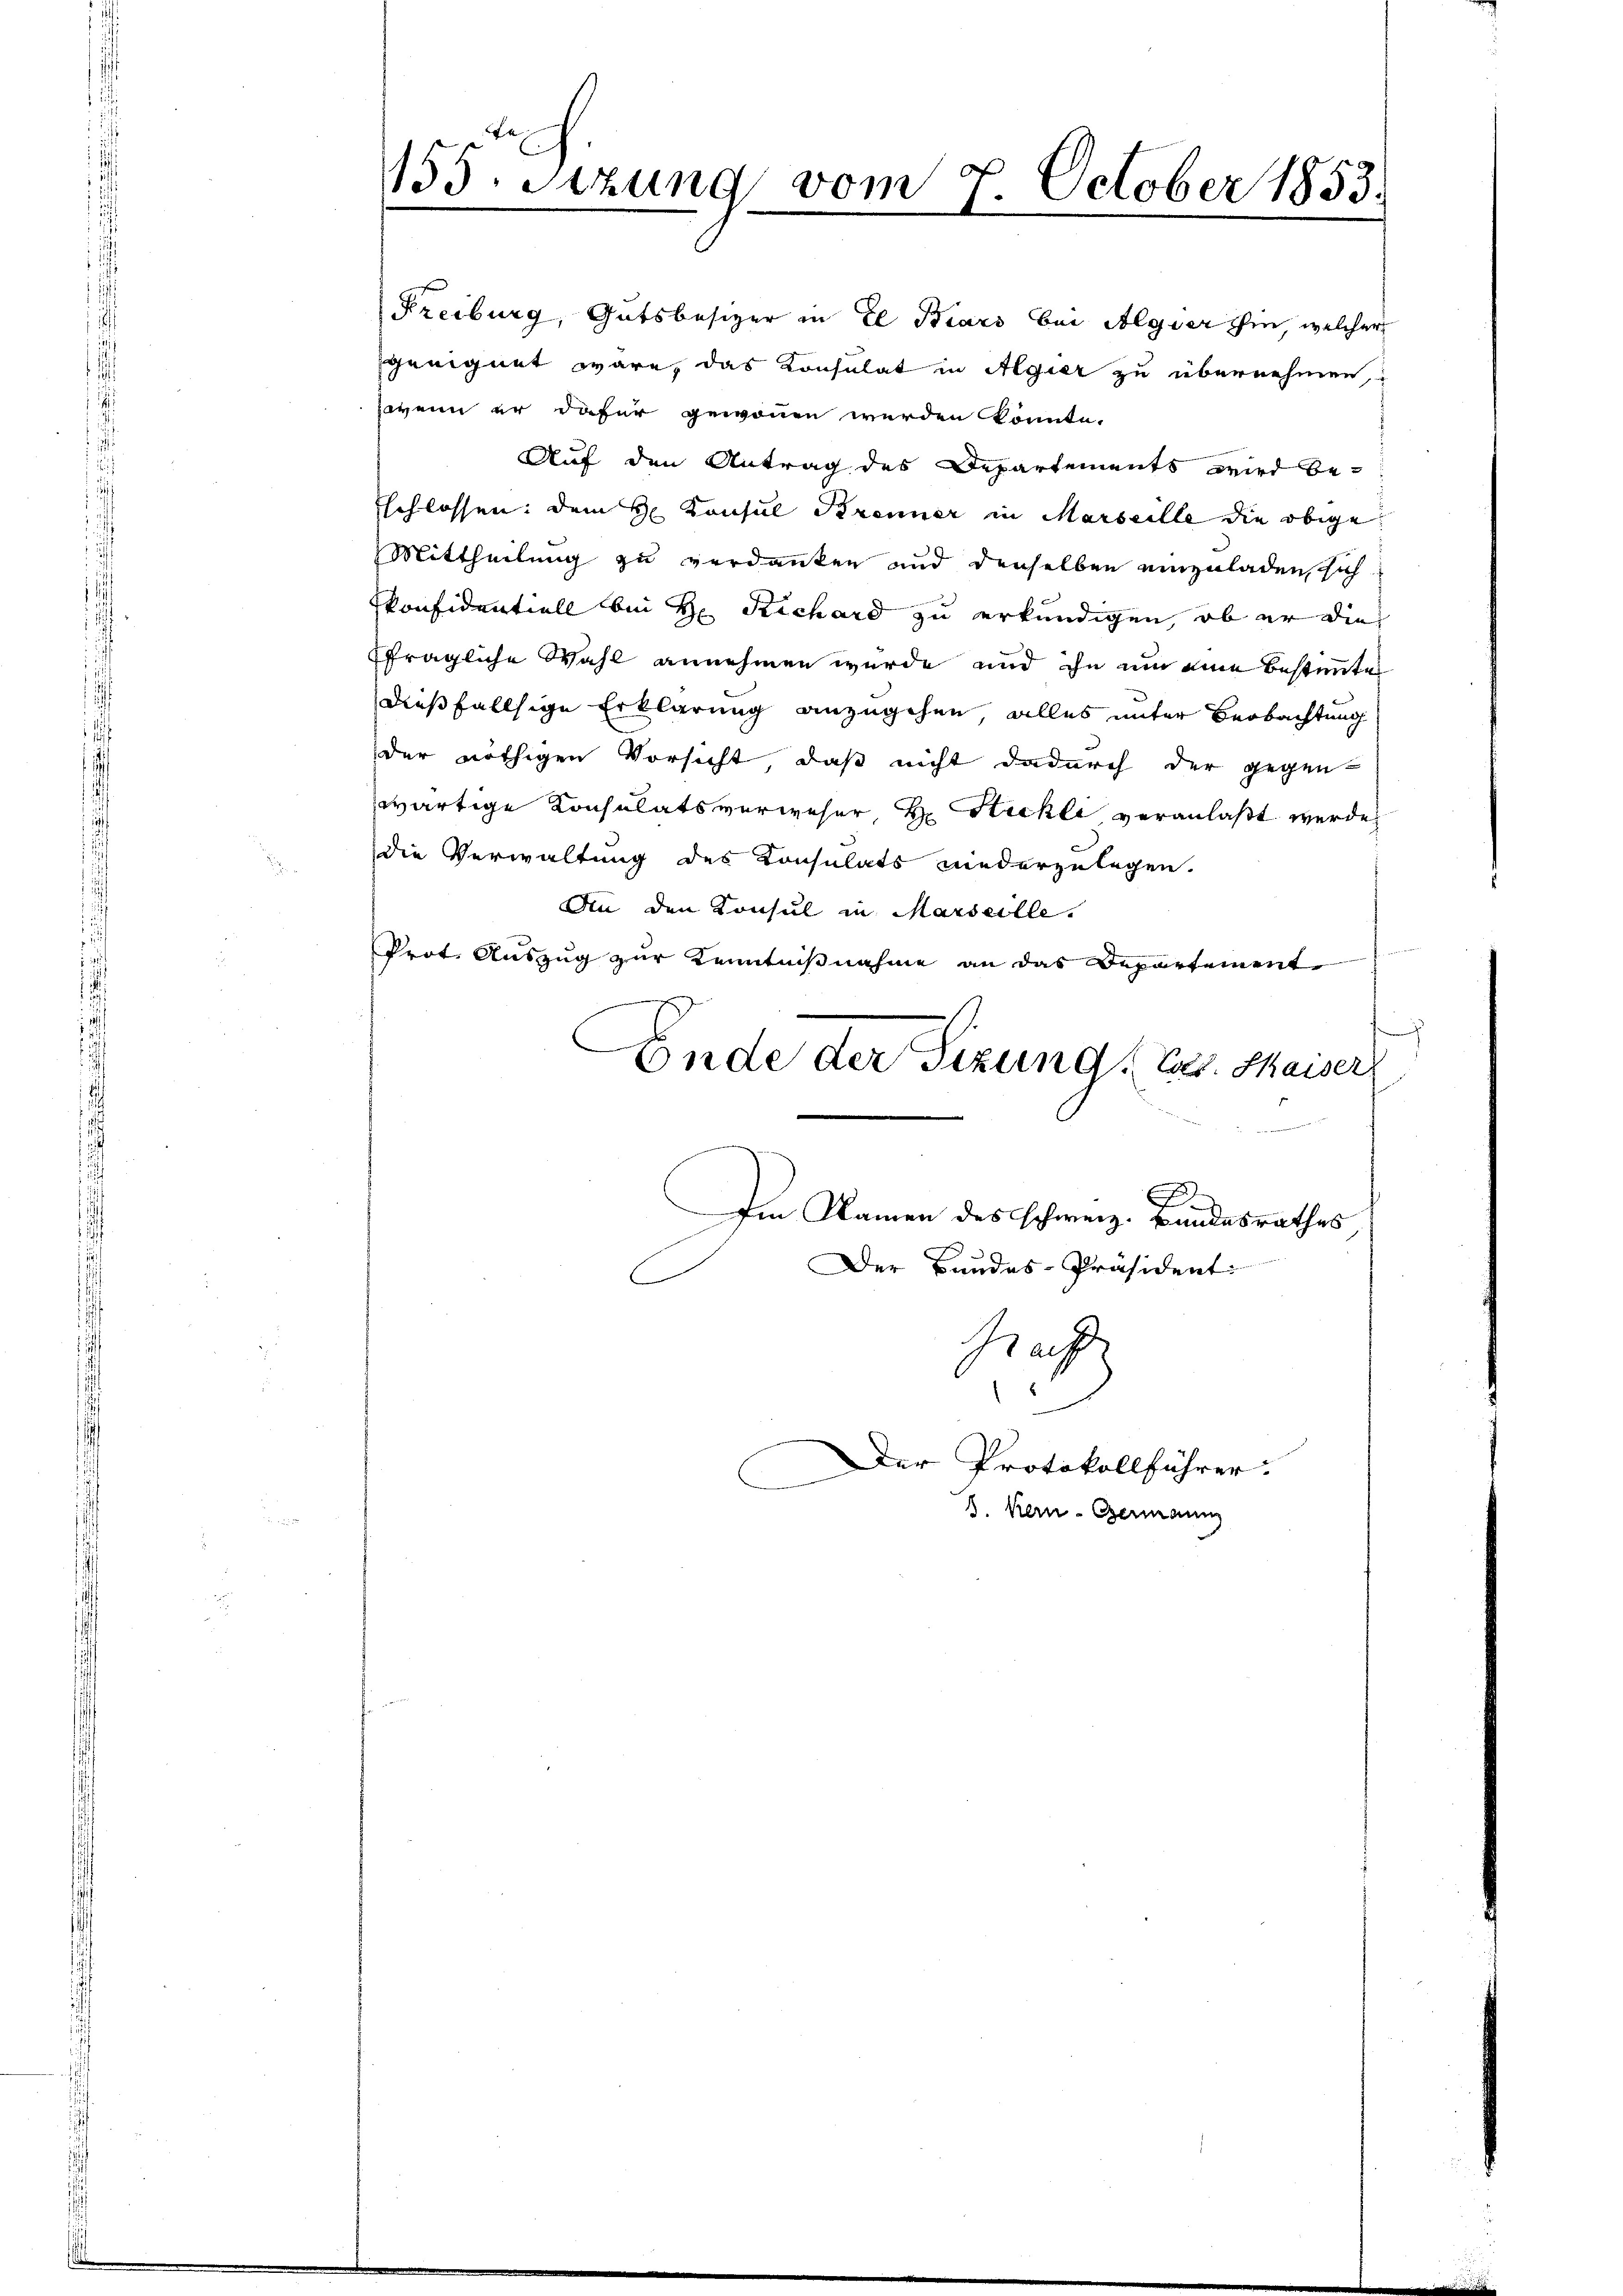
155. Setzung vom 7. October 1853.

Freiburg, Gutsbesizer in El Biars bei Algier hin, welcher
geeignet wäre, das Konsulat in Algier zu übernehmen,
wenn er dafür gewonnen werden könnte.
Auf den Antrag des Departements wird be-
Eschlossen: dem H. Konsul Brenner in Marseille die obige
Mittheilung zu verdanken und denselben einzuladen, sich
Pkonfidentiell bei H. Richard zu erkundigen, ob er die
fragliche Wahl annehmen wurde und ihn um eine bestimmtes
dießfallsige Erklärung anzugehen, alles unter Beobachtung
der nöthigen Vorsicht, daß nicht dadurch der gegen-
wärtige Consulatsverweser, Hr. Stickli veranlaßt werde,
die Verwaltung des Konsulats niederzulegen.
An den Konsul in Marseille.
t
Prot. Auszug zur Kenntnißnahme an das Departement
h
Ende der Tizung. St. Maiser
r
2
E
Im Namen des schweiz. Bandesrathes
Der Bandes-Präsident
s
Haf

Der Protokollführer.
3. Kern - Germann